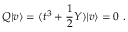
Q | v \rangle = ( t ^ { 3 } + \frac { 1 } { 2 } Y ) | v \rangle = 0 ~ .